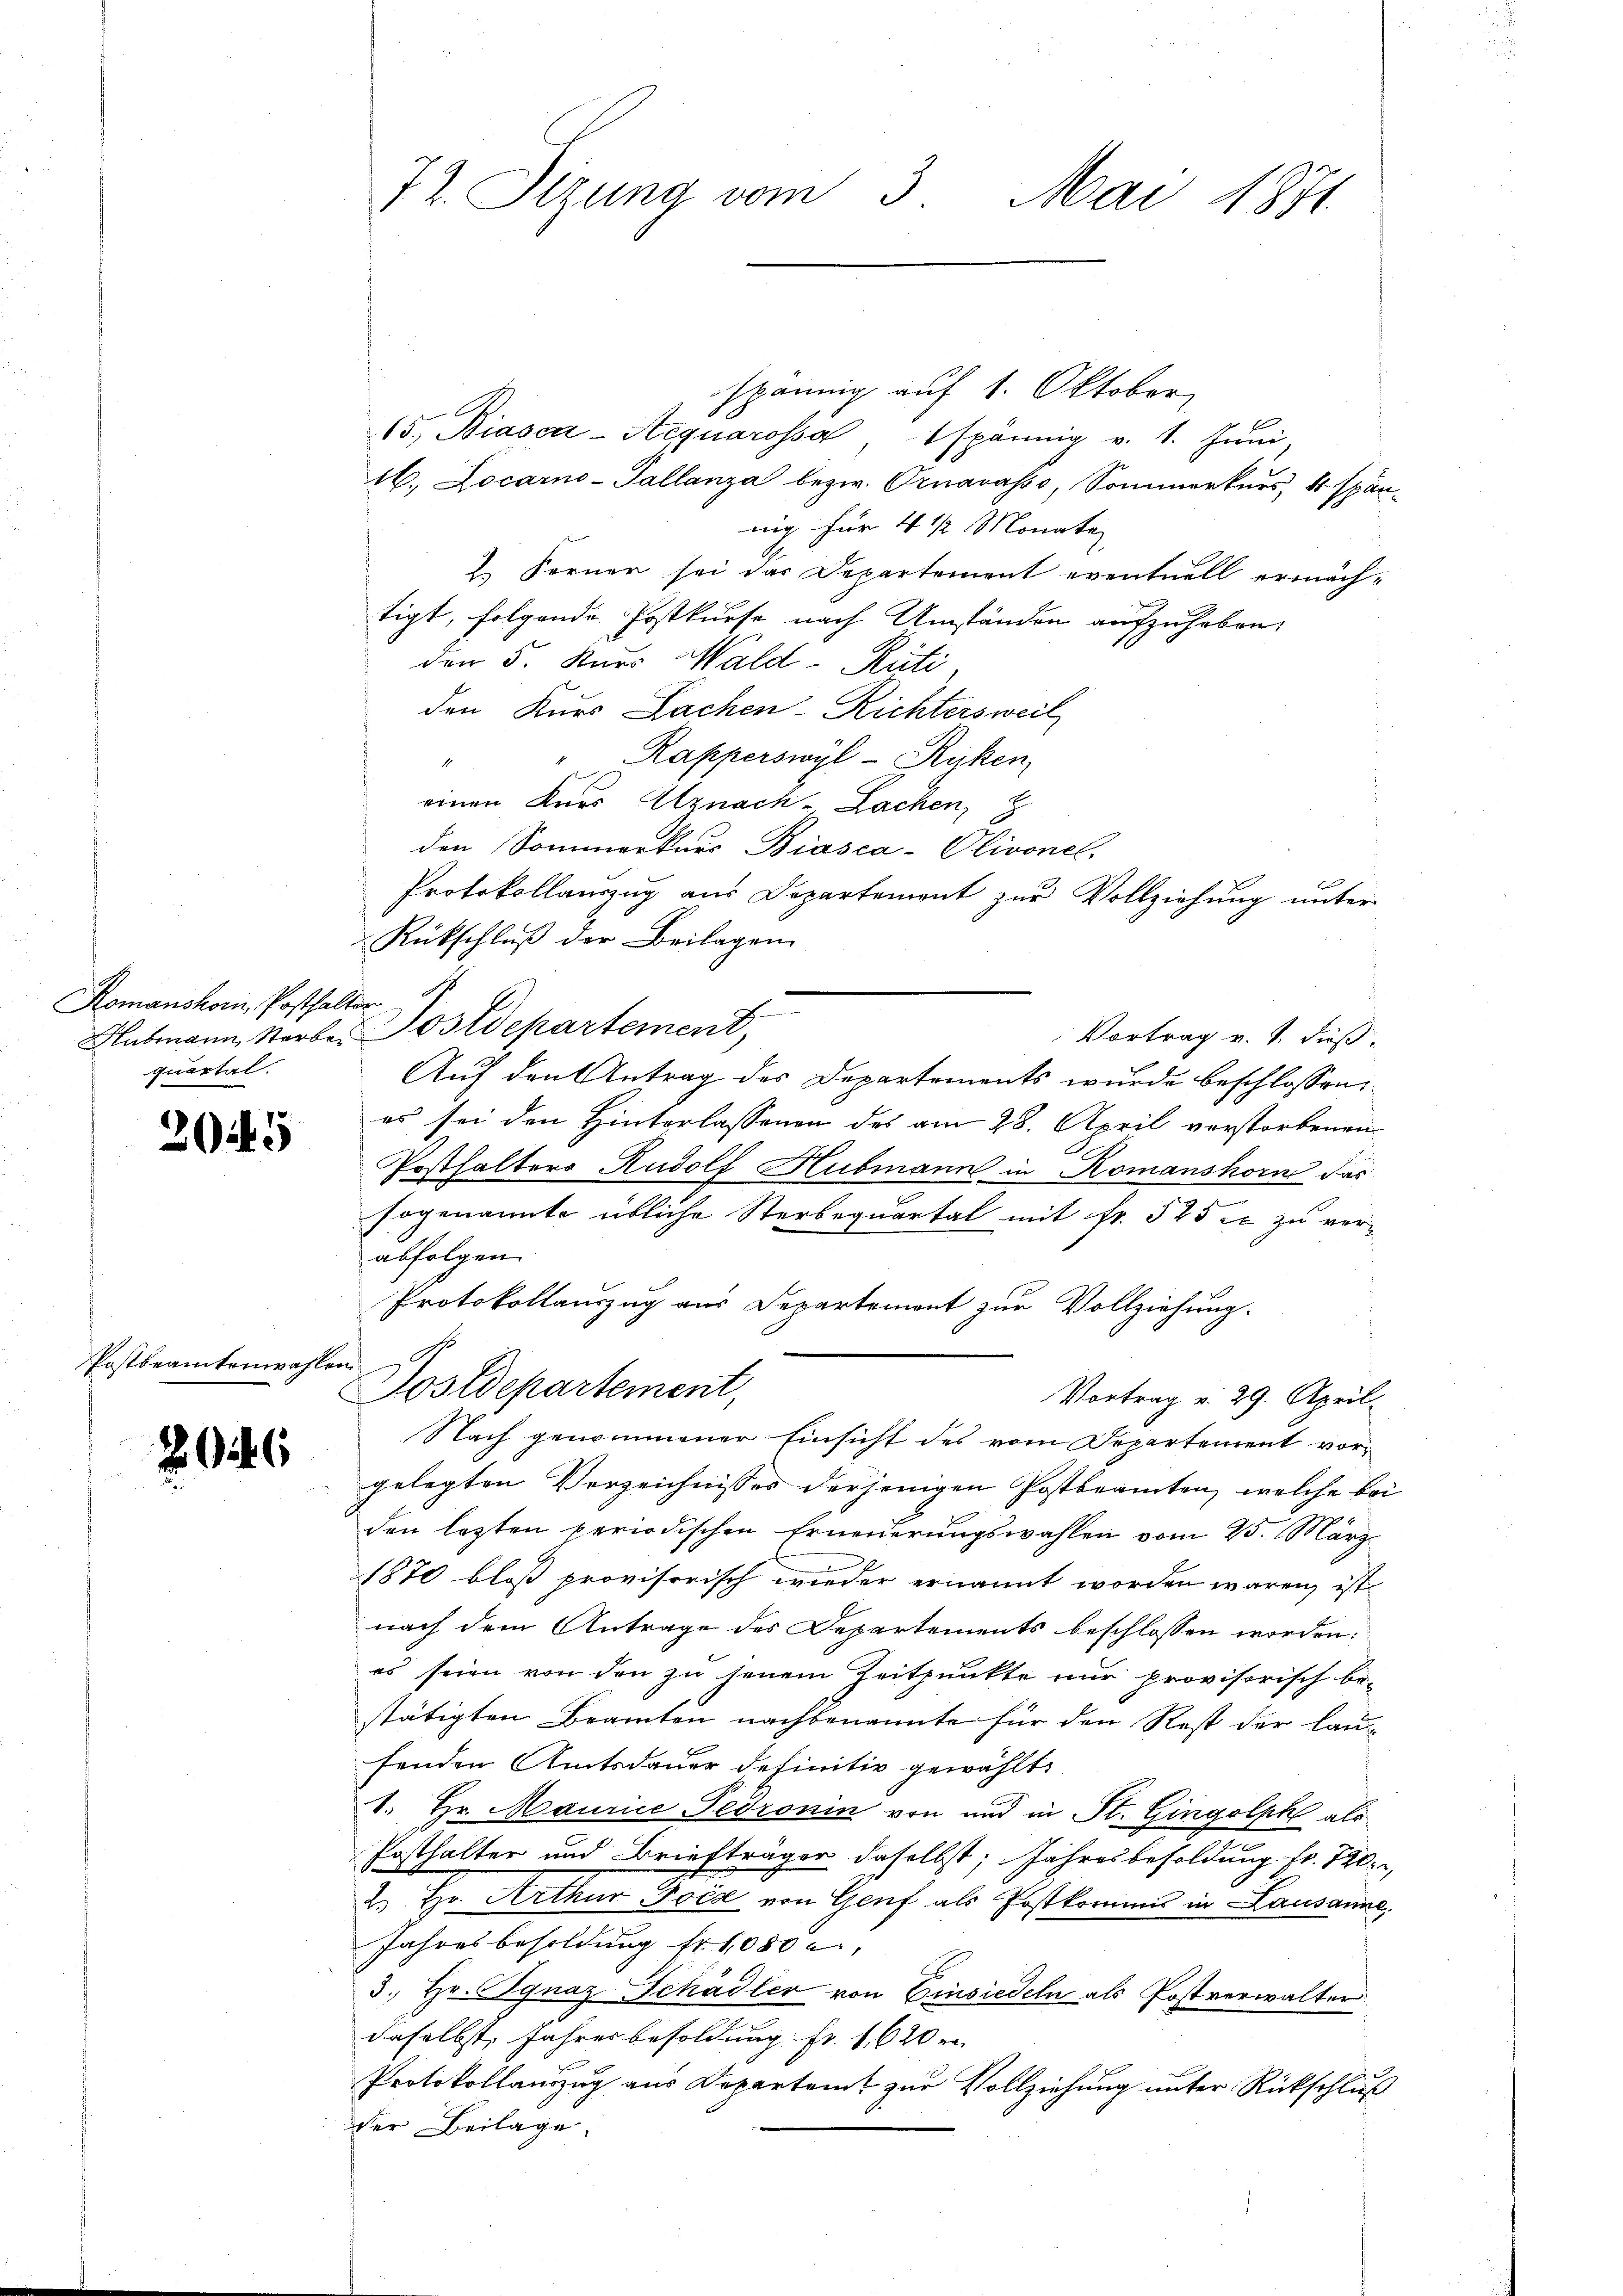
Romanskom, Posthalter
quartal.

3045

Postbeamtenwahle

2046

77. Sizung vom 3. Mai 1871.

spännig auf 1. Oktober
15., Biascar-Aequarossa spännig v. 1. Jŭni,
16. Locarno-Pallanza bezw. Ornavasso, Sommerkurs, 4. Spän-
nig für 4 1/2 Monate
2. Ferner sei das Departement eventuell ermäch-
tigt, folgende Postkurse nach Umständen aufzuheben,
den 5. Kurr Wald–Rüti
den Kurs Lachen-Richtersweil
" " Kapperswyl-Rüken,
einen Kurs Uznach - Lachen,
den Sommerkurs Biasca-Olivonel-
Protokollauszug aus Departement zur Vollziehung unter
Rückschluß der Beilagen
Hubmann, Starbe. Postdepartement,
Vortrag v. 1. dieß.
Auf den Antrag der Departements wurde beschlossen
es sei den Hinterlassenen des am 28. April vorstorbenen
Posthalters Rudolf Hubmann in Komanshorn das
sogenannte übliche Sterbequartal mit Fr. 525 xx zu ver-
abfolgen
Protokollauszug aus Departemont zur Vollziehung.
x
Postdepartement,
Vortrag v. 29. April.
Nach genommener Einsicht des vom Departement vorgelegten Verzeichnisses derjenigen Postbeamten, welche bei
den lezten periodischen Erneuerungswahlen vom 25. März
1870 bloß provisorisch wieder ernannt worden wären, ist
nach dem Antrage des Departements beschlossen worden:
es seien von den zu jenem Zeitpunkte nur provisorisch be-
stätigten Beamten nachbenannte für den Rest der laufenden Amtsdauer definitiv gewählt:
1. Hr. Maurice-Fedronin von und in St. Gingolph als
Posthalter und Briefträger daselbst, Jahresbesoldung Fr. 720
2.) Hr. Arthur Ford von Genf als Postkommis in Lausanne,
Jahresbesoldung Nr. 1080
3. Hr. Ignaz Schädler von Einsiedeln als Postverwalter
daselbst, Jahres besoldung fr. 1620 r
Protokollauszug aus Departamt zur Vollziehung unter Rückschluß
der Beilage.